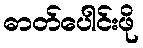
ဓာတ်ပေါင်းဖို